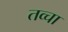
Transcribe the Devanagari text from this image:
तव्चा